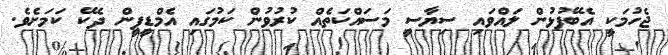
ޖެހުމަކީ އެބޭފުޅުން ލައްވައި ސިޔާސީ މަސައްކަތެއް ކުރުވުން ކަމުގައި އެމްޑީޕީން ދެކޭ ކަމަށެވެ.